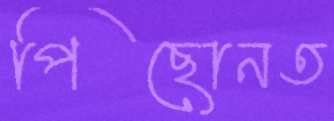
পিছোনত